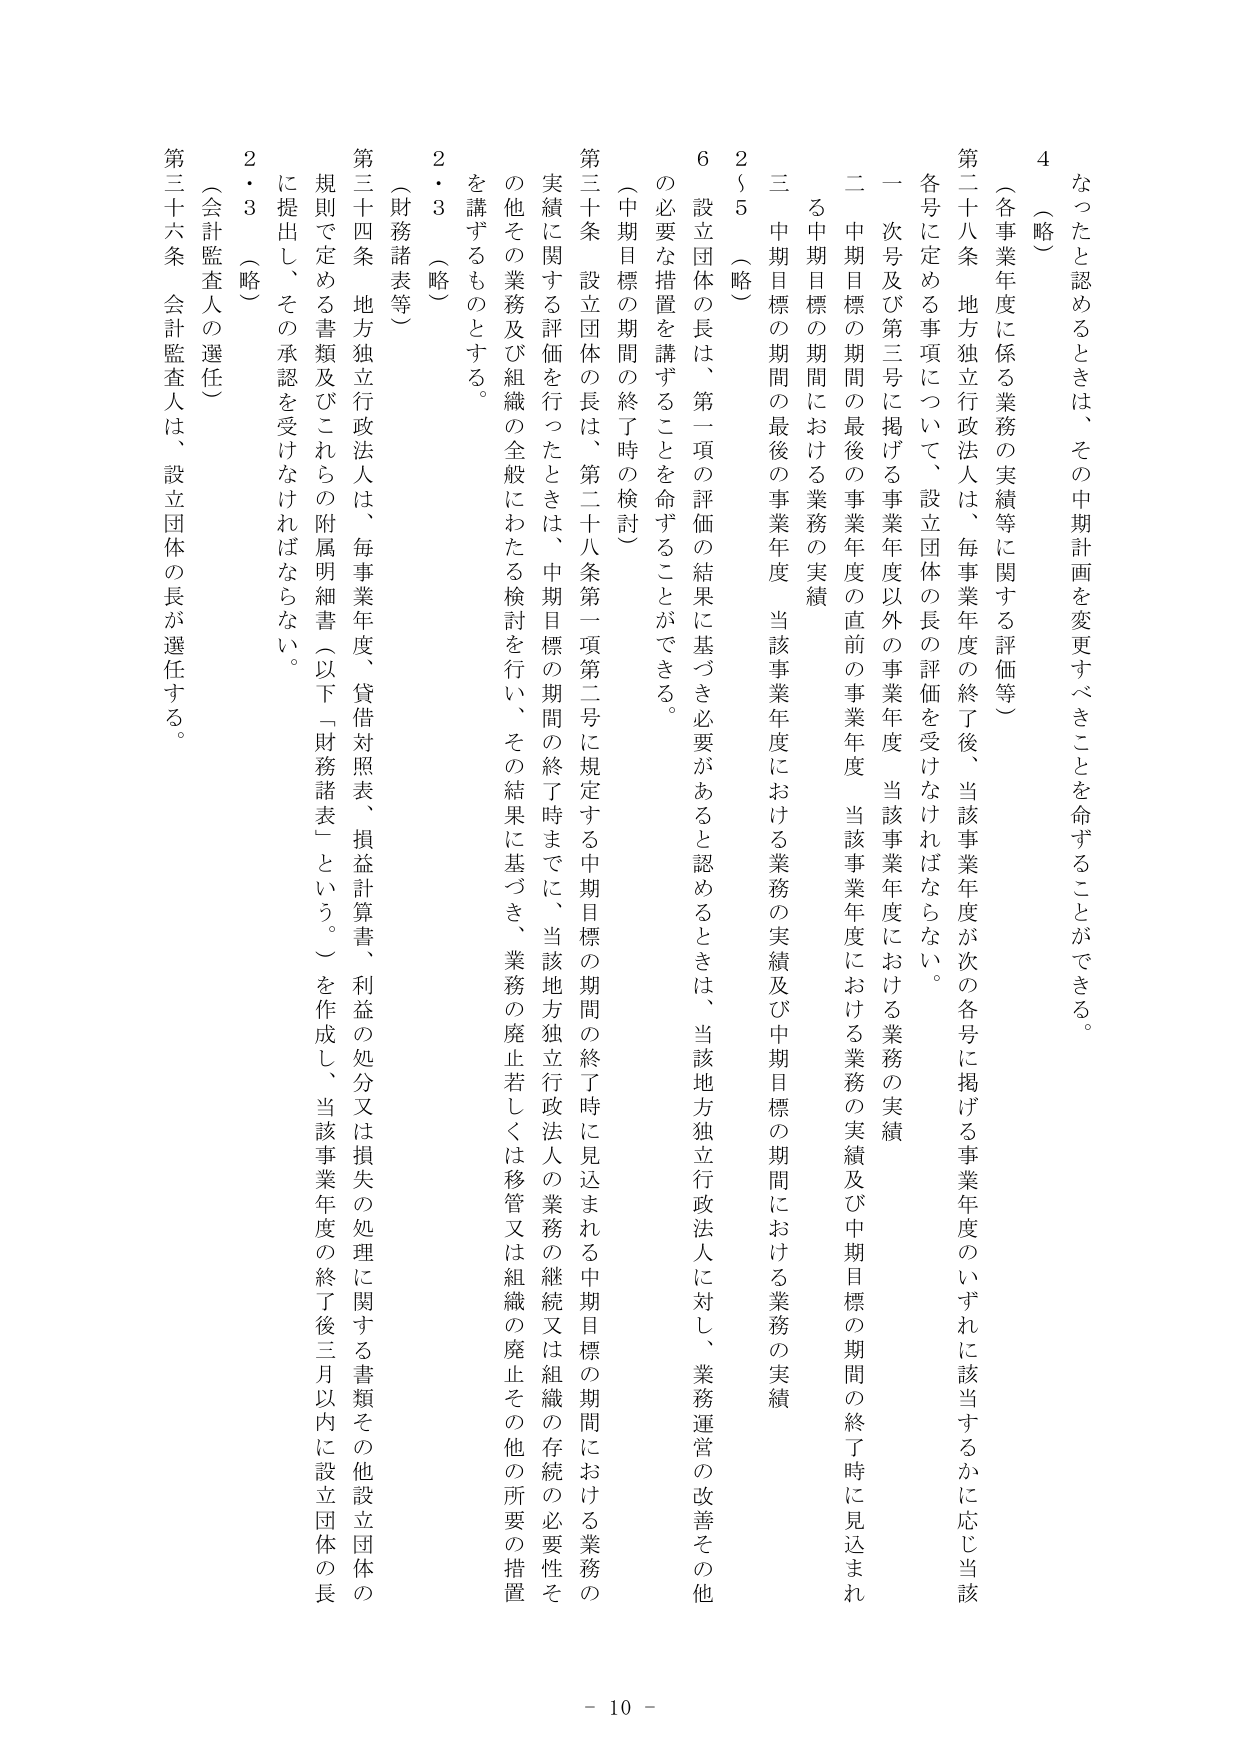
なったと認めるときは、その中期計画を変更すべきことを命ずることができる。

（略）

4

（各事業年度に係る業務の実績等に関する評価等）

第二十八条 地方独立行政法人は、毎事業年度の終了後、当該事業年度が次の各号に掲げる事業年度のいずれに該当するかに応じ当該各号に定める事項について、設立団体の長の評価を受けなければならない。

一 次号及び第三号に掲げる事業年度以外の事業年度 当該事業年度における業務の実績

二 中期目標の期間の最後の事業年度の直前の事業年度 当該事業年度における業務の実績及び中期目標の期間の終了時に見込まれる中期目標の期間における業務の実績

三 中期目標の期間の最後の事業年度 当該事業年度における業務の実績及び中期目標の期間における業務の実績

2・5 （略）

6 設立団体の長は、第一項の評価の結果に基づき必要があると認めるときは、当該地方独立行政法人に対し、業務運営の改善その他 の必要な措置を講ずることを命ずることができる。

（中期目標の期間の終了時の検討）

第三十条 設立団体の長は、第二十八条第一項第二号に規定する中期目標の期間の終了時に見込まれる中期目標の期間における業務の 実績に関する評価を行ったときは、中期目標の期間の終了時までに、当該地方独立行政法人の業務の継続又は組織の存続の必要性そ の他その業務及び組織の全般にわたる検討を行い、その結果に基づき、業務の廃止若しくは移管又は組織の廃止その他の所要の措置 を講ずるものとする。

2・3 （略）

（財務諸表等）

第三十四条 地方独立行政法人は、毎事業年度、貸借対照表、損益計算書、利益の処分又は損失の処理に関する書類その他設立団体の 規則で定める書類及びこれらの附属明細書（以下「財務諸表」という。）を作成し、当該事業年度の終了後三月以内に設立団体の長 に提出し、その承認を受けなければならない。

2・3 （略）

（会計監査人の選任）

第三十六条 会計監査人は、設立団体の長が選任する。

- 10 -